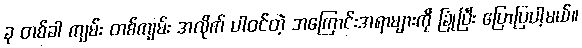
ခု တစ်ခါ ကျမ်း တစ်ကျမ်း အလိုက် ပါဝင်တဲ့ အကြောင်းအရာများကို ခြုံပြီး ပြောပြပါ့မယ်။